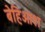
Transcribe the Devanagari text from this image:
बेहिओश